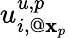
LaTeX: u_{i,@{\mathbf x}_{p}}^{u,p}